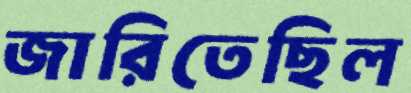
জারিতেছিল